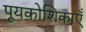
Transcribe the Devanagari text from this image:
पूयकोशिकाएँ